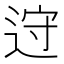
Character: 䢘